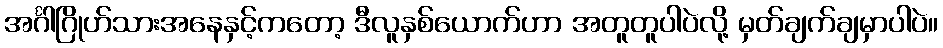
အင်္ဂါဂြိုဟ်သားအနေနှင့်ကတော့ ဒီလူနှစ်ယောက်ဟာ အတူတူပါပဲလို့ မှတ်ချက်ချမှာပါပဲ။